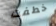
خطفت